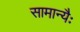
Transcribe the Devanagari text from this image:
सामान्यैः